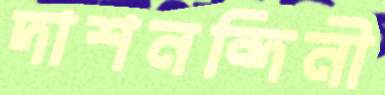
দাশনন্দিনী